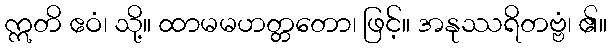
ဣတိ ဧဝံ၊ သို့။ ထာမမဟတ္တတော၊ ဖြင့်။ အနုဿရိတဗ္ဗံ၊ ၏။